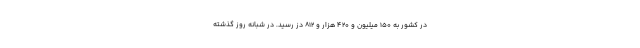
در کشور به ۱۵۰ میلیون و ۴۲۰ هزار و ۸۱۲ دُز رسید. در شبانه روز گذشته